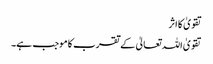
تقویٰ کا اثر
تقویٰ اللہ تعالیٰ کے تقرب کا موجب ہے۔